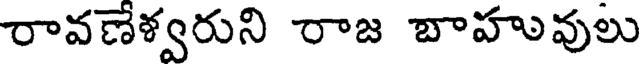
రావణేళ్వరుని రాజ బాహువులు